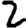
Digit: 2